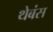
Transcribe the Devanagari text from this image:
थेबंस